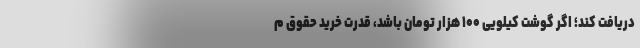
دریافت کند؛ اگر گوشت کیلویی ۱۰۰ هزار تومان باشد، قدرت خرید حقوق م